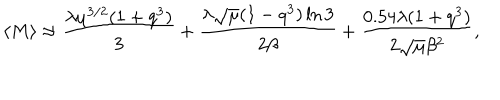
\langle M \rangle \approx \frac { \lambda \mu ^ { 3 / 2 } ( 1 + q ^ { 3 } ) } { 3 } + \frac { \lambda \sqrt { \mu } ( 1 - q ^ { 3 } ) \ln 3 } { 2 \beta } + \frac { 0 . 5 4 \lambda ( 1 + q ^ { 3 } ) } { 2 \sqrt { \mu } \beta ^ { 2 } } ,